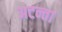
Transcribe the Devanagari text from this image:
अटन्ता